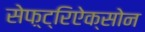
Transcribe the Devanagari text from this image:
सेफ़्ट्रिऐक्सोन